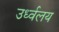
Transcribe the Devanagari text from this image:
उर्ध्वलय